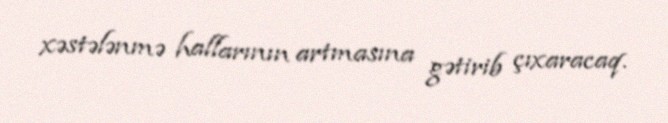
xəstələnmə hallarının artmasına gətirib çıxaracaq.